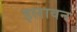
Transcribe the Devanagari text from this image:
इलावन